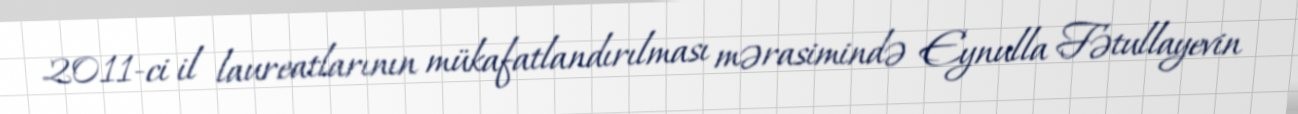
2011-ci il laureatlarının mükafatlandırılması mərasimində Eynulla Fətullayevin